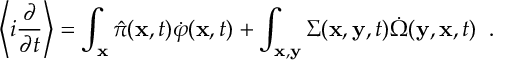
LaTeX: \left\langle i \frac { \partial } { \partial t } \right\rangle = \int _ { \bf x } \hat { \pi } ( { \bf x } , t ) \dot { \varphi } ( { \bf x } , t ) + \int _ { \bf x , y } \Sigma ( { \bf x } , { \bf y } , t ) \dot { \Omega } ( { \bf y } , { \bf x } , t ) \; \; .